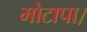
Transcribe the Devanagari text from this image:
मोटापा।